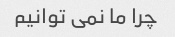
چرا ما نمی توانیم